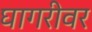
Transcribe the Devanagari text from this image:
घागरीवर